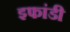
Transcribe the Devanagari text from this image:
इफांडी